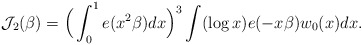
\begin{align*}\mathcal{J}_2(\beta)=\Big(\int_0^1e(x^2\beta)dx\Big)^3 \int (\log x)e(-x\beta)w_0(x)dx.\end{align*}